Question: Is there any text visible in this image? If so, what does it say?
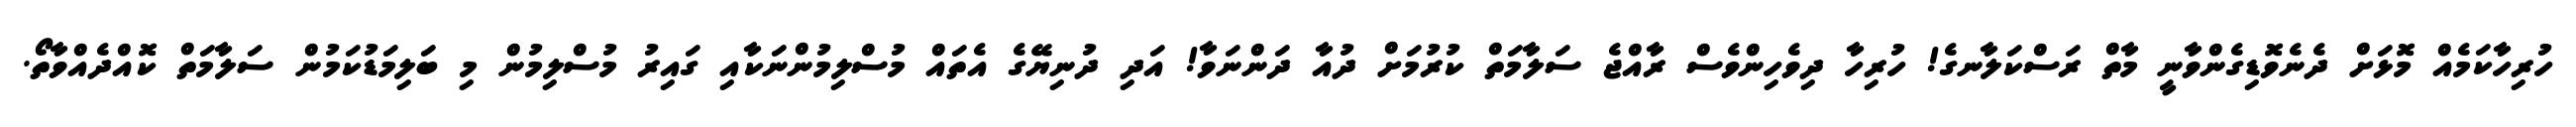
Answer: ހުރިހާކަމެއް މޮޅަށް ދެނެވޮޑިގެންވާނީ މާތް ރަސްކަލާނގެ! ހުރިހާ ދިވެހިންވެސް ރާއްޖެ ސަލާމަތް ކުރުމަށް ދުއާ ދަންނަވާ! އަދި ދުނިޔޭގެ އެތައް މުސްލިމުންނަކާއި ގައިރު މުސްލިމުން މި ބަލިމަޑުކަމުން ސަލާމަތް ކޮއްދެއްވާތޯ.